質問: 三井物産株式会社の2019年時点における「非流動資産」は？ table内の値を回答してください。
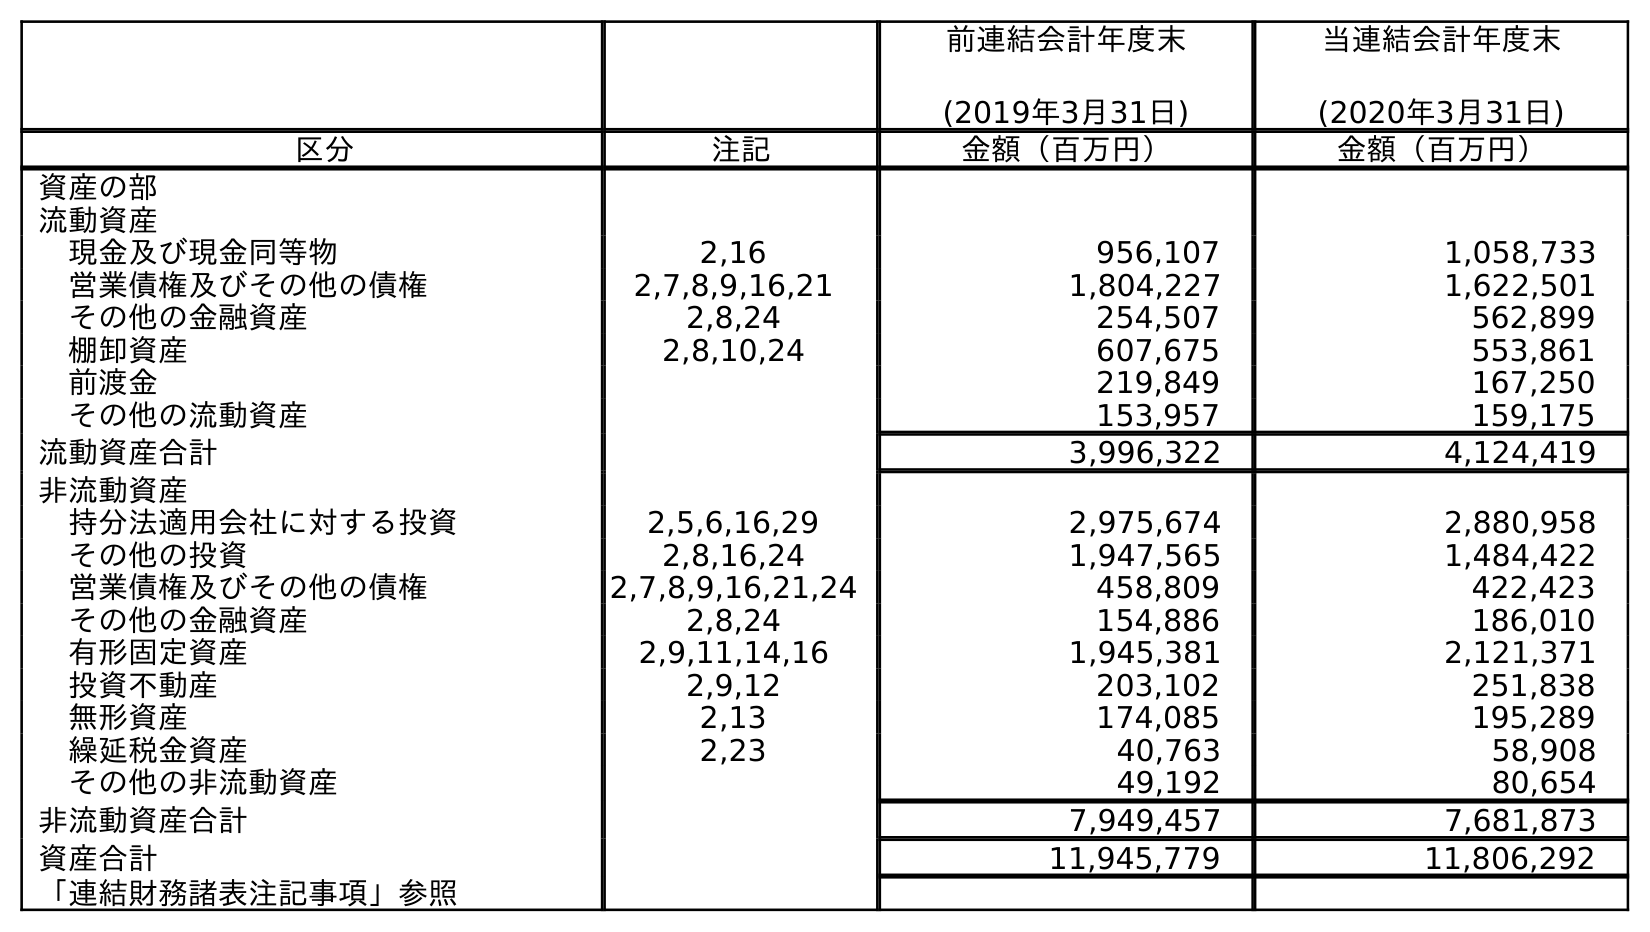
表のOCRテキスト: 前連結会計年度末 (2019年3月31日) 当連結会計年度末 (2020年3月31日) 区分 注記 金額（百万円） 金額（百万円） 資産の部 流動資産 現金及び現金同等物 2,16 956,107 1,058,733 営業債権及びその他の債権 2,7,8,9,16,21 1,804,227 1,622,501 その他の金融資産 2,8,24 254,507 562,899 棚卸資産 2,8,10,24 607,675 553,861 前渡金 219,849 167,250 その他の流動資産 153,957 159,175 流動資産合計 3,996,322 4,124,419 非流動資産 持分法適用会社に対する投資 2,5,6,16,29 2,975,674 2,880,958 その他の投資 2,8,16,24 1,947,565 1,484,422 営業債権及びその他の債権 2,7,8,9,16,21,24 458,809 422,423 その他の金融資産 2,8,24 154,886 186,010 有形固定資産 2,9,11,14,16 1,945,381 2,121,371 投資不動産 2,9,12 203,102 251,838 無形資産 2,13 174,085 195,289 繰延税金資産 2,23 40,763 58,908 その他の非流動資産 49,192 80,654 非流動資産合計 7,949,457 7,681,873 資産合計 11,945,779 11,806,292 「連結財務諸表注記事項」参照
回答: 7,949,457